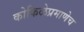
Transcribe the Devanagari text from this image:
कोकिळेप्रमाणेच